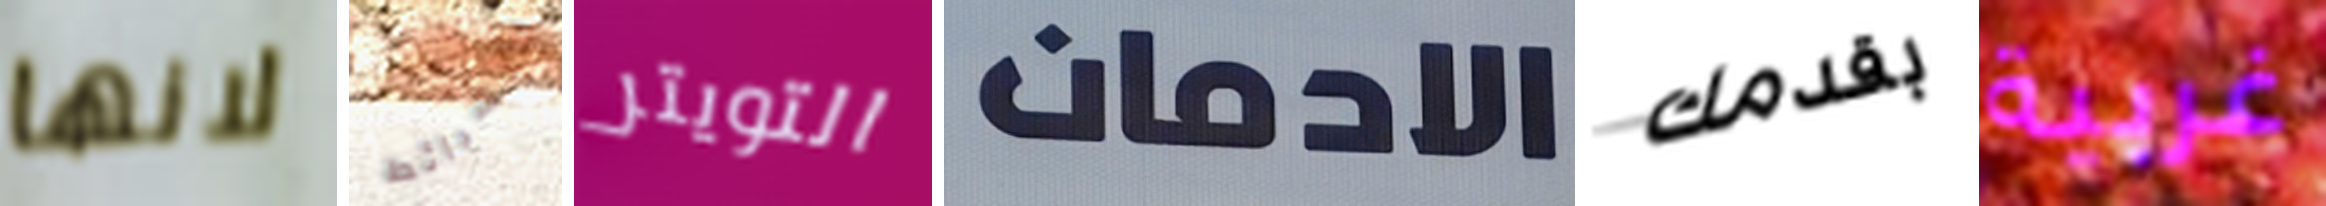
لانها الشرائط التويتر الادمان بقدمك غربية